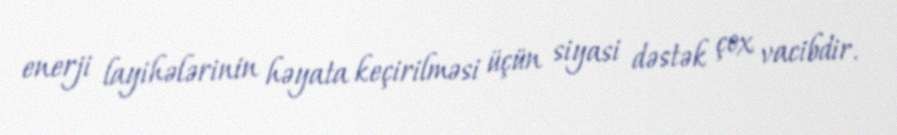
enerji layihələrinin həyata keçirilməsi üçün siyasi dəstək çox vacibdir.